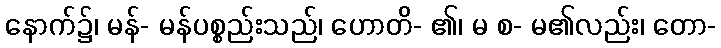
နောက်၌၊ မန်- မန်ပစ္စည်းသည်၊ ဟောတိ- ၏၊ မ စ- မ၏လည်း၊ တော-